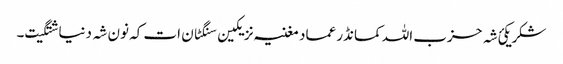
شکر یکئ شہ حزب اللہ کمانڈر عماد مغنیہ نزیکین سنگٹان ات کہ نون شہ دنیا شتگیت۔